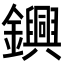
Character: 𨯵